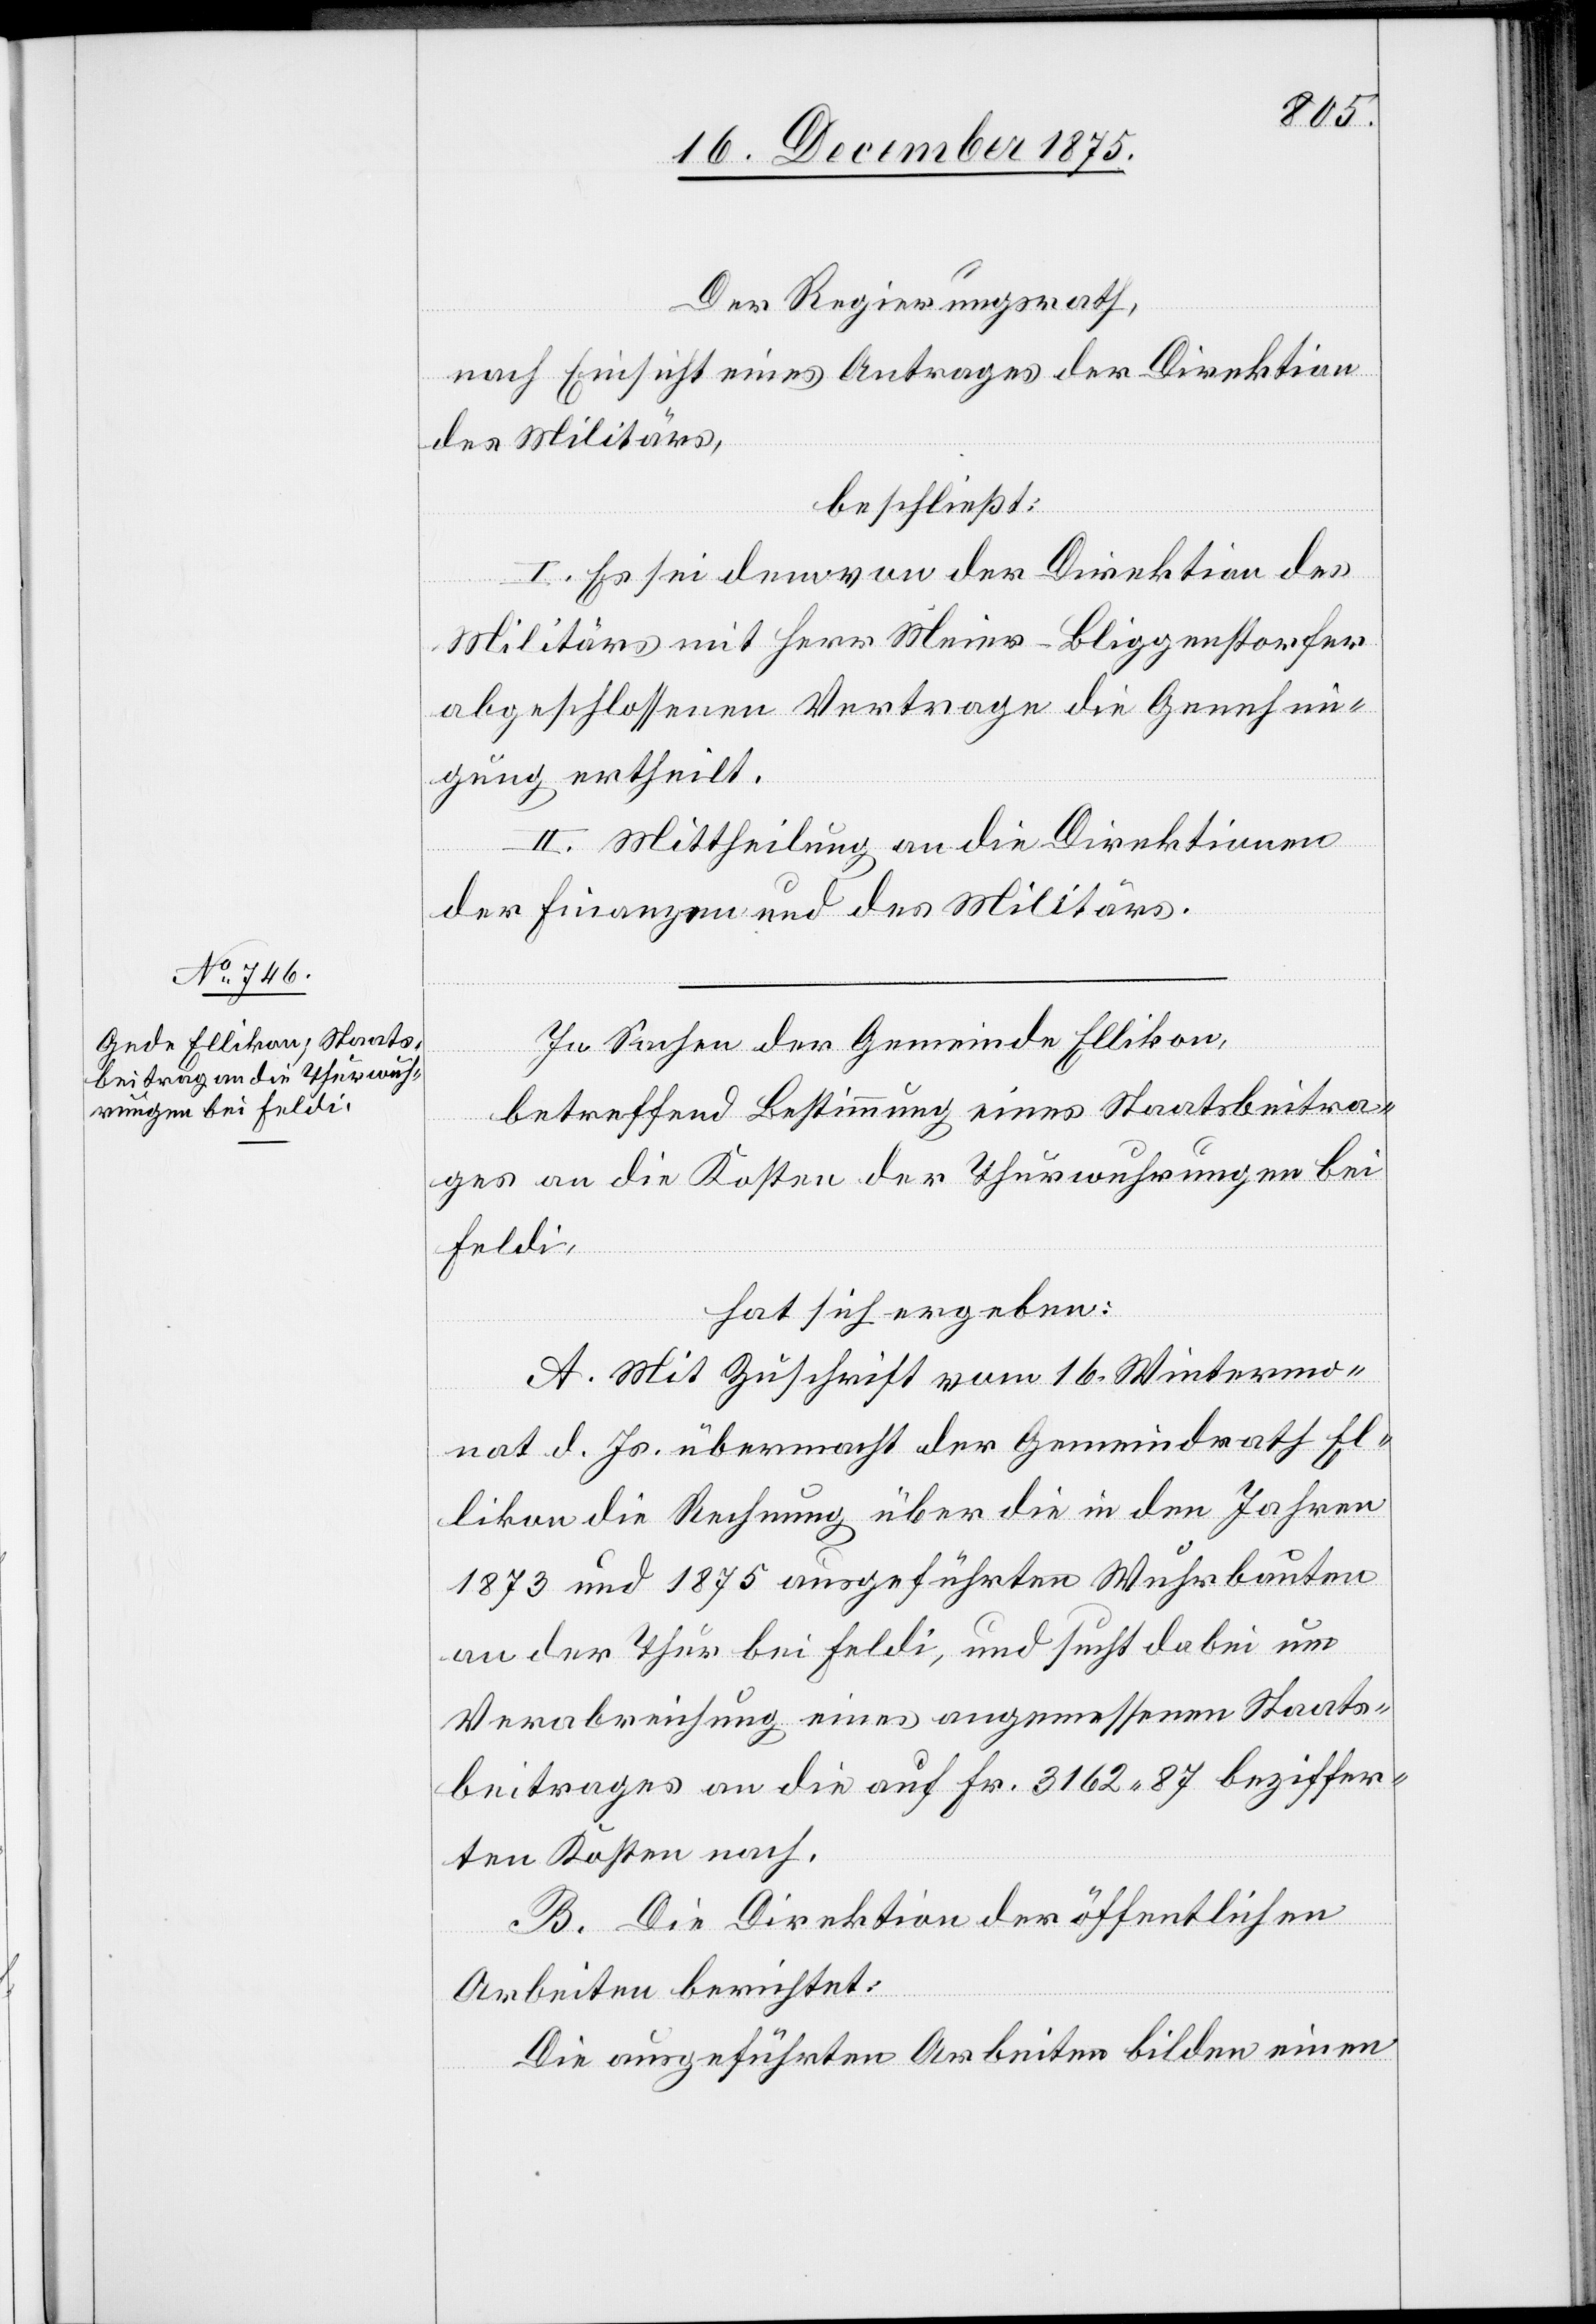
Der Regierungsrath,
nach Einsicht eines Antrages der Direktion
des Militärs,
beschließt:
I. Es sei dem von der Direktion des
Militärs mit Herr Meier-Bliggenstorfer
abgeschlossenen Vertrage die Genehmi¬
gung ertheilt.
II. Mittheilung an die Direktionen
der Finanzen und des Militärs.
In Sachen der Gemeinde Ellikon,
betreffend Bestimmung eines Staatsbeitra¬
ges an die Kosten der Thurwuhrungen bei
Feldi,
hat sich ergeben:
A. Mit Zuschrift vom 16. Wintermo¬
nat d. Js. übermacht der Gemeindrath El¬
likon die Rechnung über die in den Jahren
1873 und 1875 ausgeführten Wuhrbauten
an der Thur bei Feldi, und sucht dabei um
Verabreichung eines angemessenen Staats¬
beitrages an die auf Fr. 3162 87 beziffer¬
ten Kosten nach.
B. Die Direktion der öffentlichen
Arbeiten berichtet:
Die ausgeführten Arbeiten bilden einen